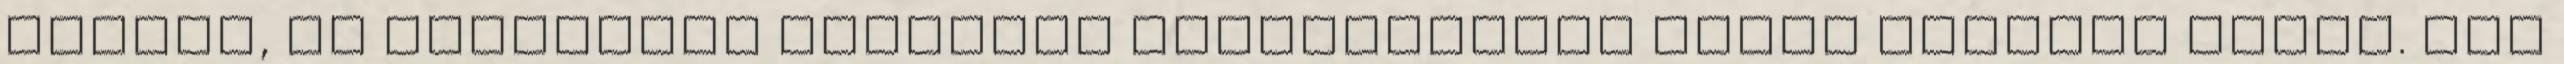
precíz, de jelenlegi kimerült állapotomban ennyi tellett tőlem. Nem